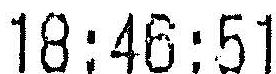
18:46:51